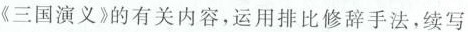
《三国演义》的有关内容，运用排比修辞手法，续写